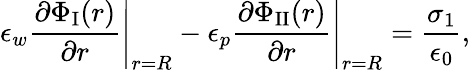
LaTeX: \left.\epsilon_{w}\frac{\partial\Phi_{\textrm{I}}(r)}{\partial r}\right|_{r=R}-\left.\epsilon_{p}\frac{\partial\Phi_{\textrm{II}}(r)}{\partial r}\right|_{r=R}=\frac{\sigma_{1}}{\epsilon_{0}},